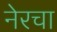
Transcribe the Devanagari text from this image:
नेरचा